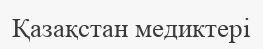
Қазақстан медиктері